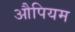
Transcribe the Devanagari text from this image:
औपियम